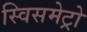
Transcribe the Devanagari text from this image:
स्विसमेट्रो